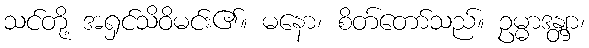
သင်တို့ အရှင်သိဝိမင်း၏။ မနော၊ စိတ်တော်သည်။ ဥမ္မာဒန္တျာ၊